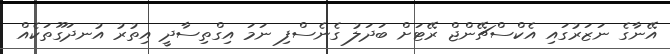
އޭނާގެ ނަޒަރުގައި އެކްސްޗޭންޖް ރޭޭޓަށް ބަދަލު ގެނެސްފި ނަމަ އިގްތިސާދީ އިތުރު އުނދަގޫތަކެއް